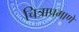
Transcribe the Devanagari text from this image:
चित्राप्रमाणे